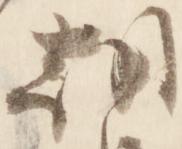
朝